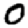
Digit: 0